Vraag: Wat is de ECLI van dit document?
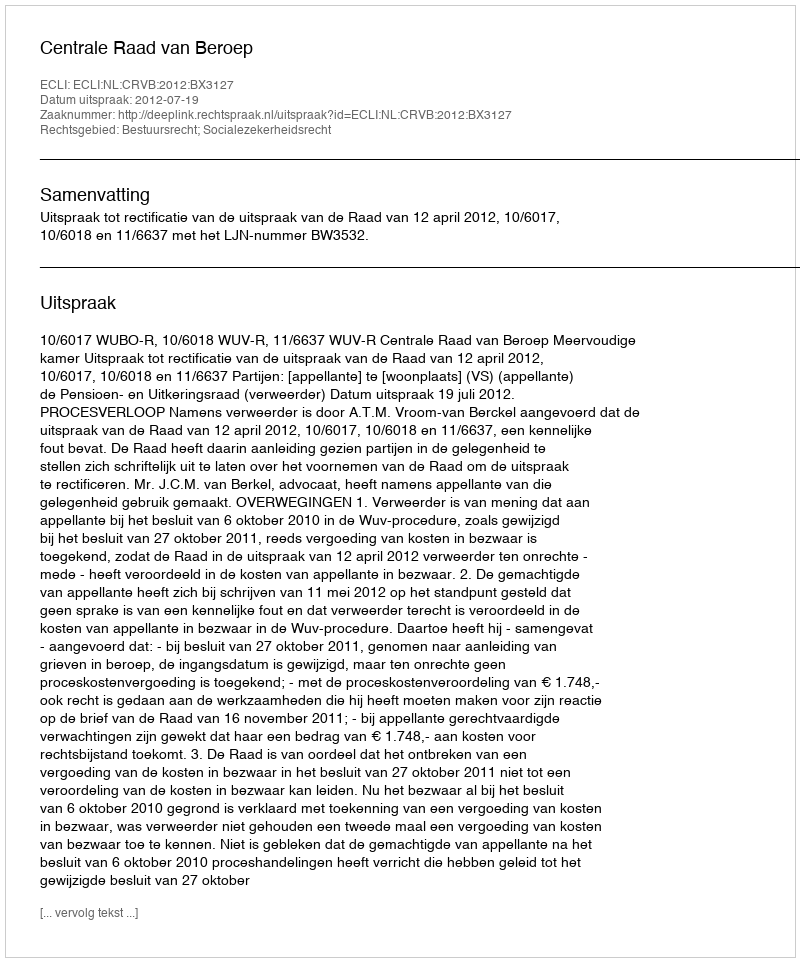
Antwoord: ECLI:NL:CRVB:2012:BX3127